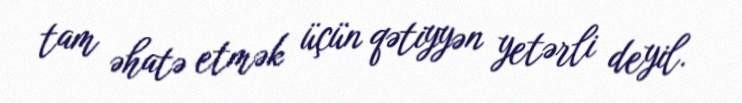
tam əhatə etmək üçün qətiyyən yetərli deyil.